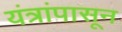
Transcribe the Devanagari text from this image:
यंत्रांपासून